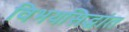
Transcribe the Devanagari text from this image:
विभयसिद्धांत